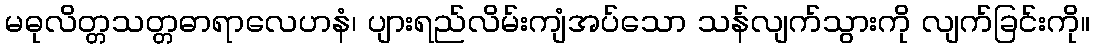
မဓုလိတ္တသတ္တဓာရာလေဟနံ၊ ပျားရည်လိမ်းကျံအပ်သော သန်လျက်သွားကို လျက်ခြင်းကို။